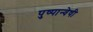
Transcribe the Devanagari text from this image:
पुष्पान्वेषी